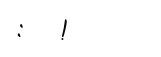
:   !